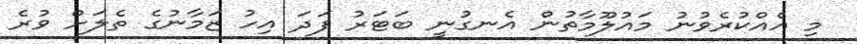
މި އެއްކުރެވުނު މައުލޫމާތުން އެނގުނީ ބަޓަރު ފަދަ އިހު ޒަމާނުގެ ތެލަށް ވުރެ